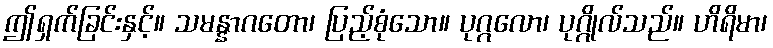
ဤရှက်ခြင်းနှင့်။ သမန္နာဂတော၊ ပြည့်စုံသော။ ပုဂ္ဂလော၊ ပုဂ္ဂိုလ်သည်။ ဟိရိမာ၊